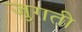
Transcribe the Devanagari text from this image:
जुगती